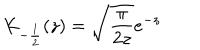
LaTeX: K _ { - { \frac { 1 } { 2 } } } ( z ) = \sqrt { \frac { \pi } { 2 z } } e ^ { - z }